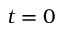
t = 0